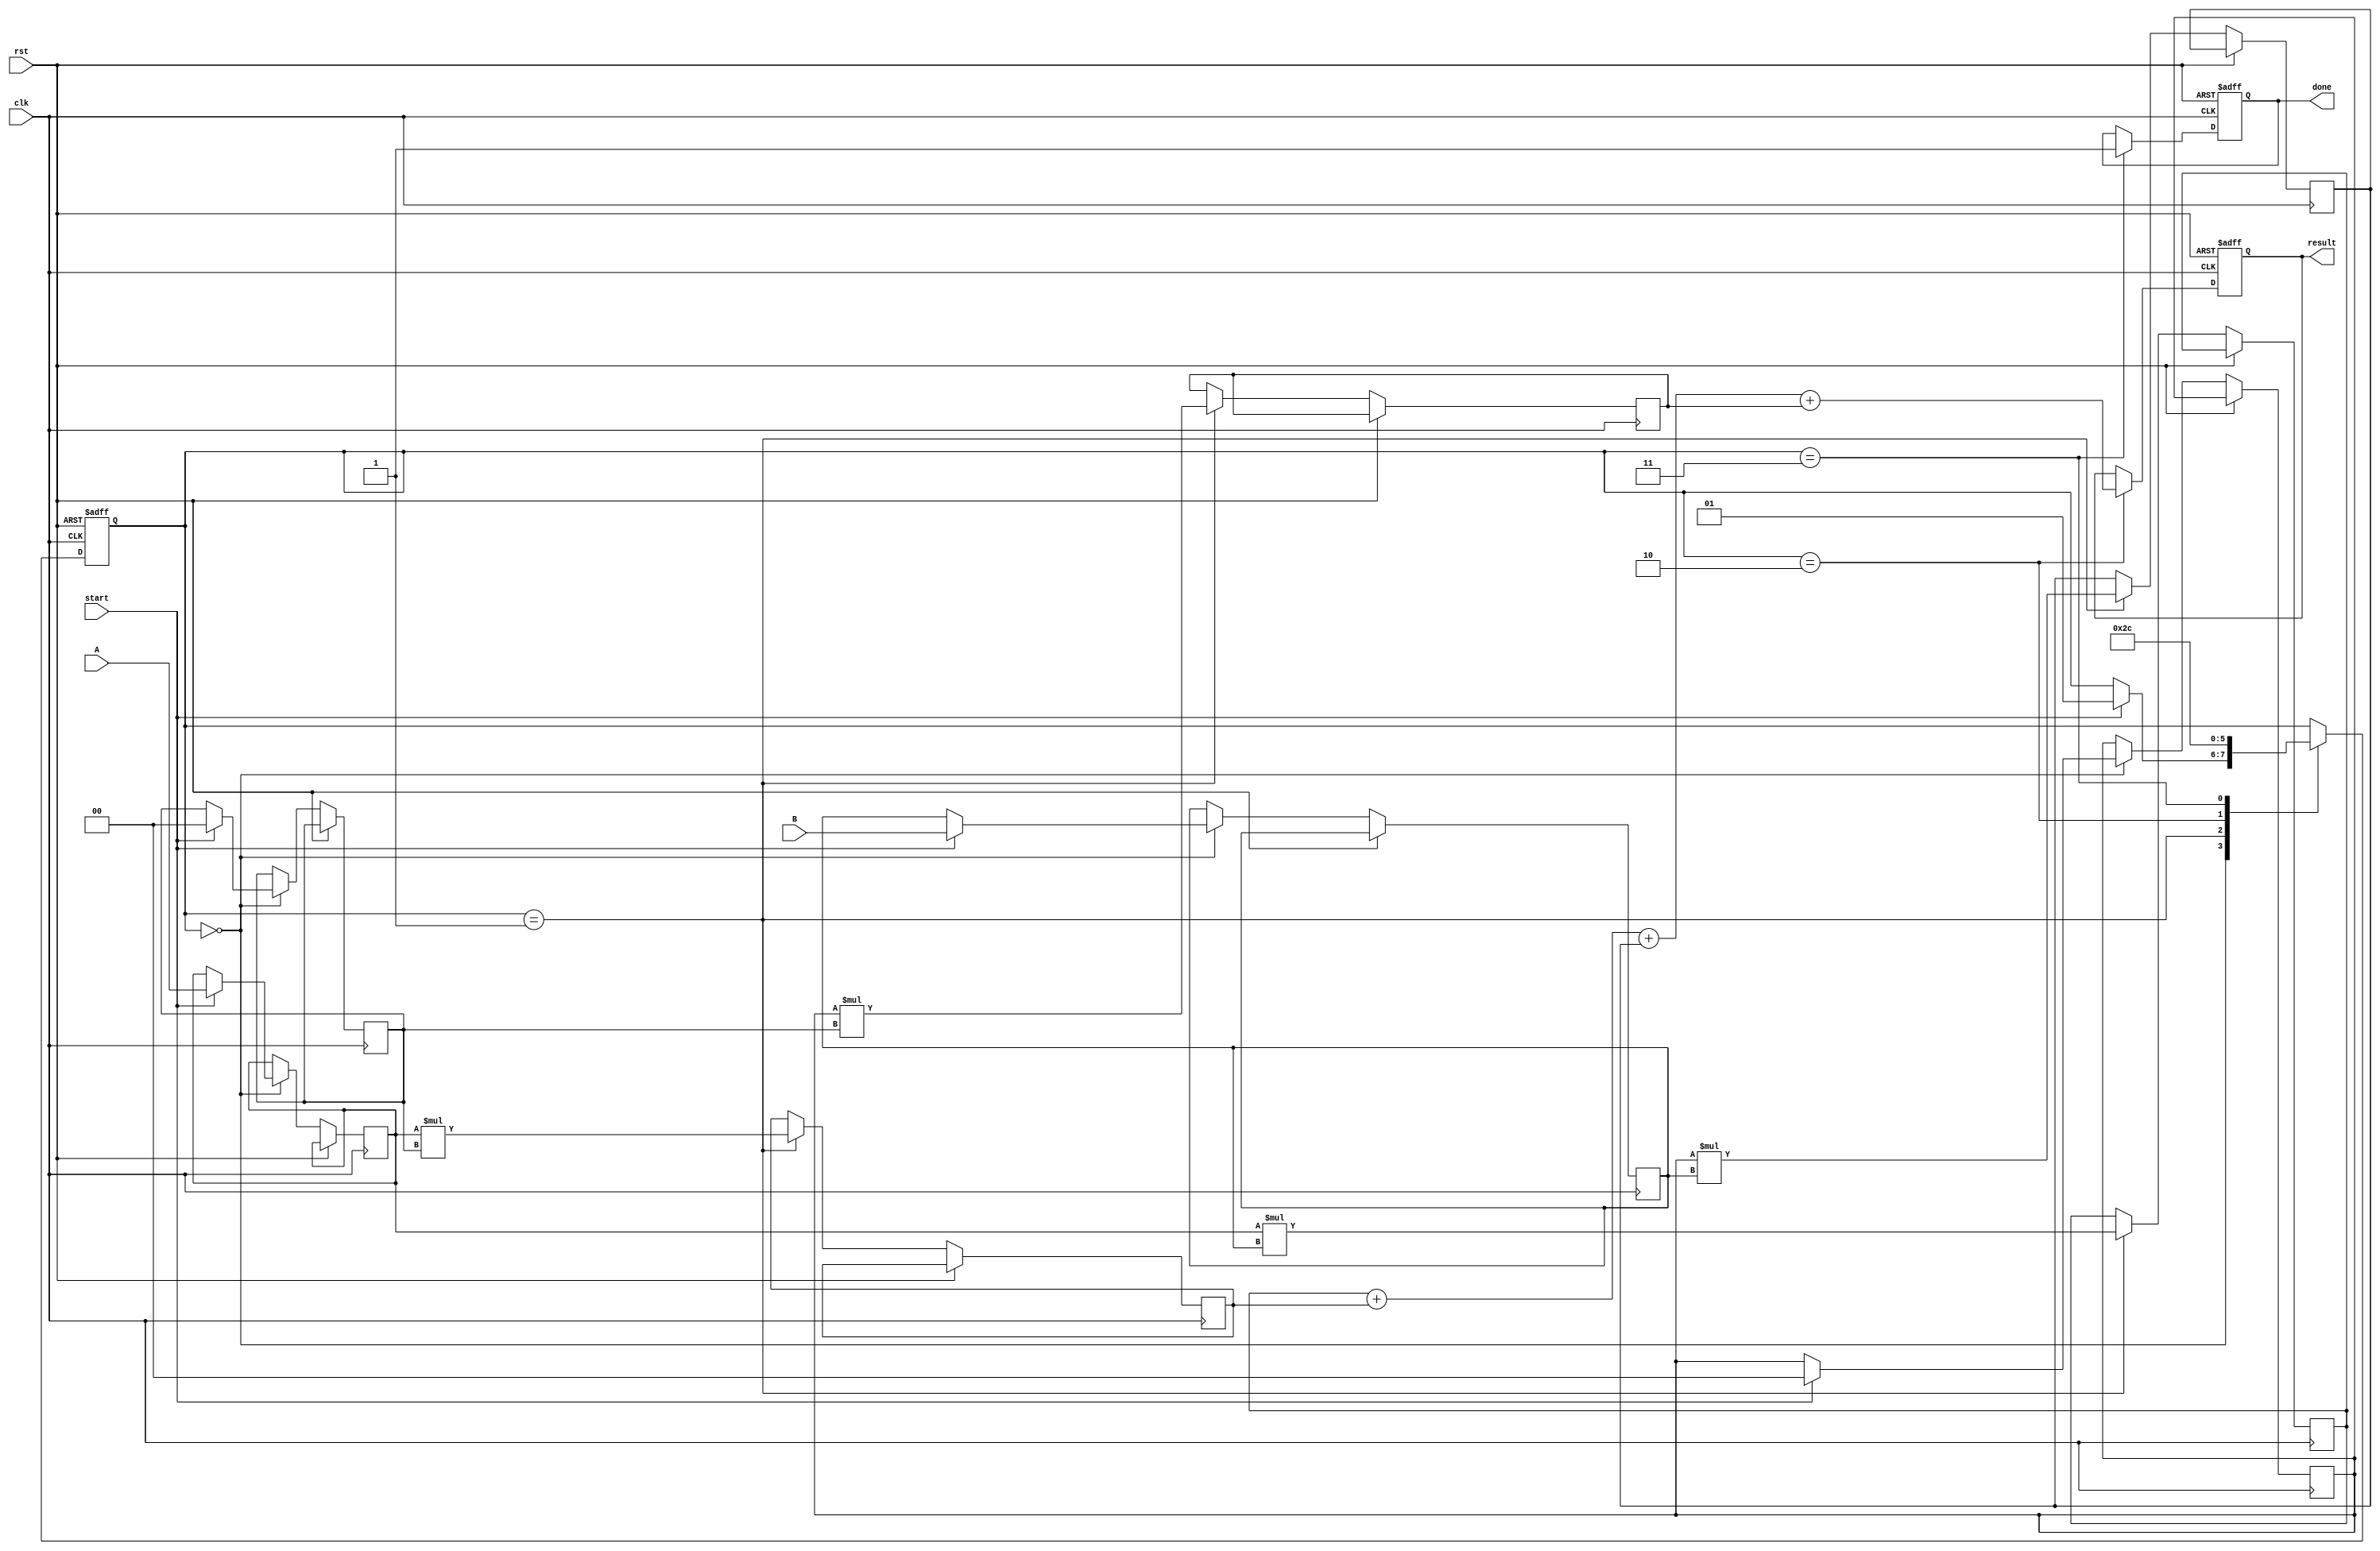
module systolic_multiplier(
    input clk,
    input rst,
    input [1:0] A, // Input Operand A
    input [1:0] B, // Input Operand B
    input start,    // Signal to start the multiplication
    output reg [3:0] result, // Output Result
    output reg done // Signal to indicate completion
);

    reg [1:0] A_reg[1:0]; // Registers to store A
    reg [1:0] B_reg[1:0]; // Registers to store B
    reg [3:0] P[1:0][1:0]; // Partial products array
    reg [1:0] i, j; // Loop counters

    // Control signals
    reg [1:0] state; // State for the FSM
    localparam IDLE = 2'b00, LOAD = 2'b01, COMPUTE = 2'b10, DONE = 2'b11;

    // Sequential logic for state machine
    always @(posedge clk or posedge rst) begin
        if (rst) begin
            state <= IDLE;
            done <= 0;
            result <= 0;
        end else begin
            case (state)
                IDLE: begin
                    if (start) begin
                        // Load inputs into registers
                        A_reg[0] <= A;
                        A_reg[1] <= 2'b00; // Shift in 0
                        B_reg[0] <= B;
                        B_reg[1] <= 2'b00; // Shift in 0
                        state <= LOAD;
                    end
                end

                LOAD: begin
                    // Load the first row of PEs with partial products
                    P[0][0] <= A_reg[0] * B_reg[0];
                    P[0][1] <= A_reg[0] * B_reg[1];
                    P[1][0] <= A_reg[1] * B_reg[0];
                    P[1][1] <= A_reg[1] * B_reg[1];
                    state <= COMPUTE;
                end

                COMPUTE: begin
                    // Accumulate results
                    result <= P[0][0] + P[0][1] + P[1][0] + P[1][1];
                    state <= DONE;
                end

                DONE: begin
                    done <= 1; // Indicate that multiplication is done
                    state <= IDLE; // Go back to IDLE
                end

                default: state <= IDLE;
            endcase
        end
    end

endmodule